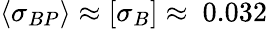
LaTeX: \langle{\sigma_{BP}}\rangle\approx[\sigma_{B}]\approx~0.032